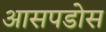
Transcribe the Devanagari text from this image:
आसपडोस